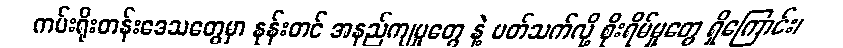
ကမ်းရိုးတန်းဒေသတွေမှာ နုန်းတင် အနည်ကျမှုတွေ နဲ့ ပတ်သက်လို့ စိုးရိမ်မှုတွေ ရှိကြောင်း၊